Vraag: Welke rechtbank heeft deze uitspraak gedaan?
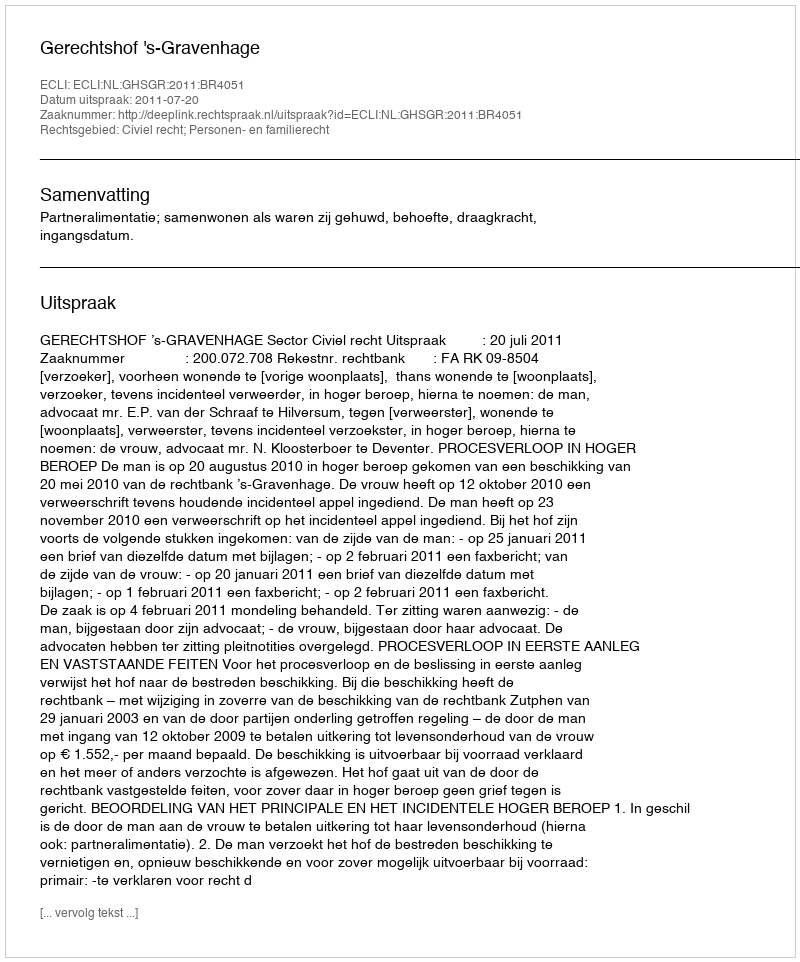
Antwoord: Gerechtshof 's-Gravenhage